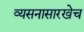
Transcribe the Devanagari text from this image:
व्यसनासारखेच